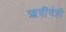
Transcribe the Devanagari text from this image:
ऋषींचेही